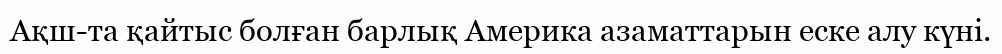
Ақш-та қайтыс болған барлық Америка азаматтарын еске алу күні.